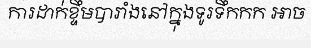
ការដាក់ខ្ទឹមបារាំងនៅក្នុងទូរទឹកកក អាច